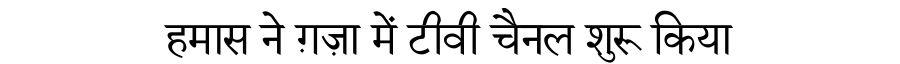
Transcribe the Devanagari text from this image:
हमास ने ग़ज़ा में टीवी चैनल शुरू किया